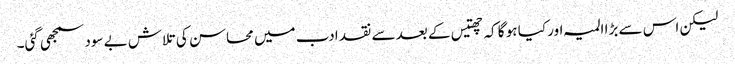
لیکن اس سے بڑا المیہ اور کیا ہو گا کہ چھتیس کے بعد سے نقد ادب میں محاسن کی تلاش بے سود سمجھی گئی۔